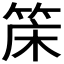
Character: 𬕌